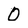
Character: O